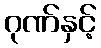
ဂုဏ်နှင့်